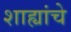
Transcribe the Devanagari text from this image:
शाह्यांचे